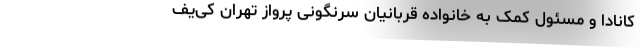
کانادا و مسئول کمک به خانواده‌ قربانیان سرنگونی پرواز تهران کی‌یف